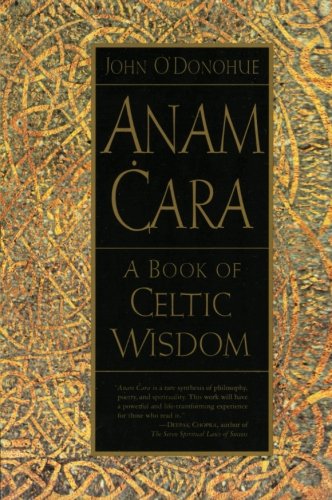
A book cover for Anam Cara: A Book of Celtic Wisdom; John O'Donohue; Self-Help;